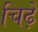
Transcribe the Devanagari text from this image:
चिढ़े